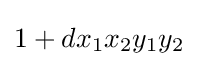
1+dx_{1}x_{2}y_{1}y_{2}